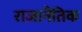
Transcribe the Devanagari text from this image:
राजानैतिक